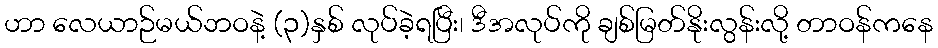
ဟာ လေယာဉ်မယ်ဘဝနဲ့ (၃)နှစ် လုပ်ခဲ့ရပြီး၊ ဒီအလုပ်ကို ချစ်မြတ်နိုးလွန်းလို့ တာဝန်ကနေ